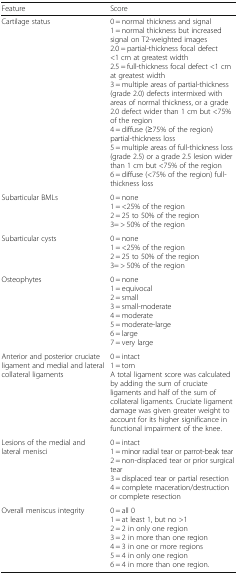
| Feature | Score |
 | --- | --- |
 | Cartilage status | 0 = normal thickness and signal1 = normal thickness but increased signal on T2-weighted images2.0 = partial-thickness focal defect <1 cm at greatest width2.5 = full-thickness focal defect <1 cm at greatest width3 = multiple areas of partial-thickness (grade 2.0) defects intermixed with areas of normal thickness, or a grade 2.0 defect wider than 1 cm but <75% of the region4 = diffuse (≥75% of the region) partial-thickness loss5 = multiple areas of full-thickness loss (grade 2.5) or a grade 2.5 lesion wider than 1 cm but <75% of the region6 = diffuse (<75% of the region) full-thickness loss |
 | Subarticular BMLs | 0 = none1 = <25% of the region2 = 25 to 50% of the region3= > 50% of the region |
 | Subarticular cysts | 0 = none1 = <25% of the region2 = 25 to 50% of the region3= > 50% of the region |
 | Osteophytes | 0 = none1 = equivocal2 = small3 = small-moderate4 = moderate5 = moderate-large6 = large7 = very large |
 | Anterior and posterior cruciate ligament and medial and lateral collateral ligaments | 0 = intact1 = tornA total ligament score was calculated by adding the sum of cruciate ligaments and half of the sum of collateral ligaments. Cruciate ligament damage was given greater weight to account for its higher significance in functional impairment of the knee. |
 | Lesions of the medial and lateral menisci | 0 = intact1 = minor radial tear or parrot-beak tear2 = non-displaced tear or prior surgical tear3 = displaced tear or partial resection4 = complete maceration/destruction or complete resection |
 | Overall meniscus integrity | 0 = all 01 = at least 1, but no >12 = 2 in only one region3 = 2 in more than one region4 = 3 in one or more regions5 = 4 in only one region6 = 4 in more than one region. |